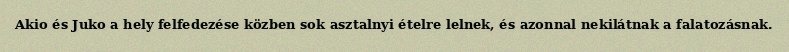
Akio és Juko a hely felfedezése közben sok asztalnyi ételre lelnek, és azonnal nekilátnak a falatozásnak.